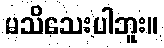
မသိသေးပါဘူး။